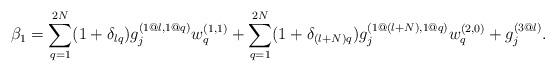
LaTeX: \begin{align*}\beta_1=\sum_{q=1}^{2N}(1+\delta_{lq})g_j^{(1@l,1@q)}w_q^{(1,1)}+\sum_{q=1}^{2N}(1+\delta_{(l+N)q})g_j^{(1@(l+N),1@q)}w_q^{(2,0)}+g_j^{(3@l)}.\end{align*}